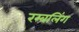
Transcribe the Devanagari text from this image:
रम्बलिंग